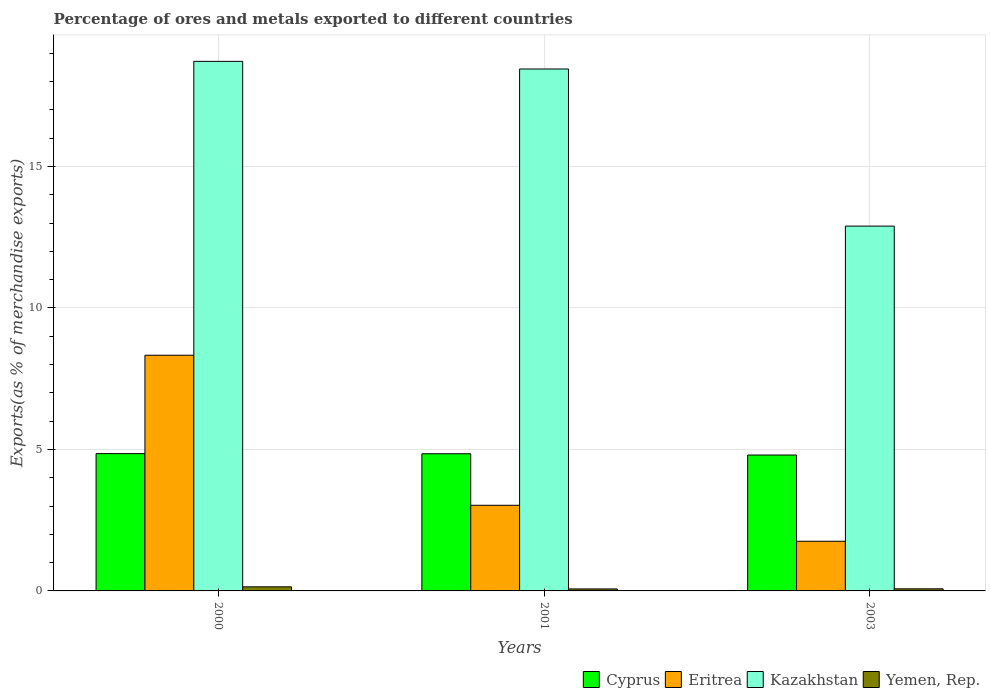
| Years | Cyprus | Eritrea | Kazakhstan | Yemen, Rep. |
 | --- | --- | --- | --- | --- |
 | 2000 | 4.85 | 8.33 | 18.7 | 0.145 |
 | 2001 | 4.85 | 3.03 | 18.4 | 0.0706 |
 | 2003 | 4.8 | 1.75 | 12.9 | 0.0744 |